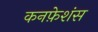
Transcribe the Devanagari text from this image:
कनफ़ेशंस